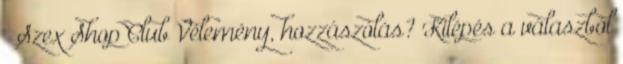
» Szex Shop Club Vélemény, hozzászólás? Kilépés a válaszból